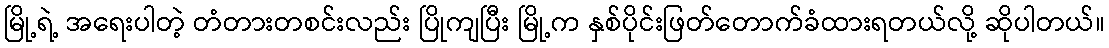
မြို့ရဲ့ အရေးပါတဲ့ တံတားတစင်းလည်း ပြိုကျပြီး မြို့က နှစ်ပိုင်းဖြတ်တောက်ခံထားရတယ်လို့ ဆိုပါတယ်။